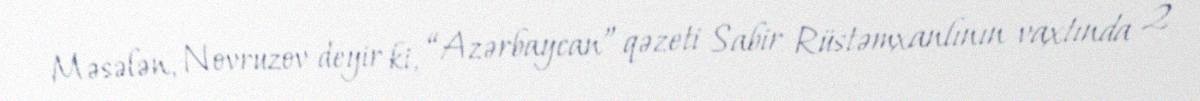
Məsələn, Novruzov deyir ki, “Azərbaycan” qəzeti Sabir Rüstəmxanlının vaxtında 2